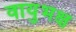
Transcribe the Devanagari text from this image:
वायुभक्ष